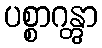
ပစ္စာဂန္တွာ